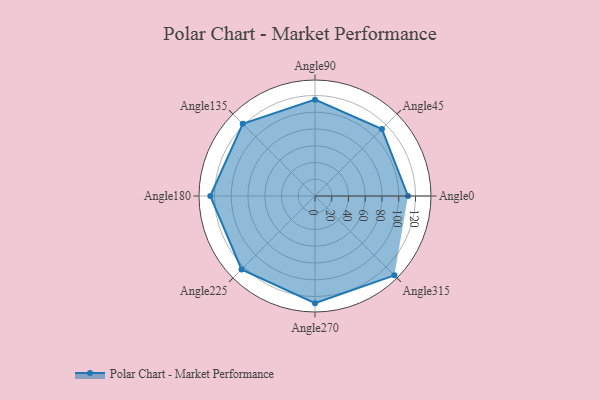
{"axis": {"x": "Angle", "y": "Radius"}, "legend": [""], "data": [{"x": "Angle0", "y": 111.0, "type": ""}, {"x": "Angle45", "y": 113.0, "type": ""}, {"x": "Angle90", "y": 115.0, "type": ""}, {"x": "Angle135", "y": 122.0, "type": ""}, {"x": "Angle180", "y": 125.0, "type": ""}, {"x": "Angle225", "y": 124.0, "type": ""}, {"x": "Angle270", "y": 128.0, "type": ""}, {"x": "Angle315", "y": 134.0, "type": ""}]}